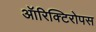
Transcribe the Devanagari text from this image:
ऑरिक्टिरोपस